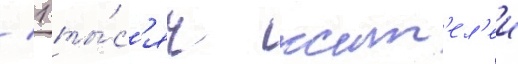
/ 1 ты́с'яч жит'ел'еи